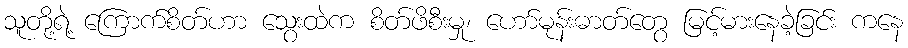
သူတို့ရဲ့ ကြောက်စိတ်ဟာ သွေးထဲက စိတ်ဖိစီးမှု၊ ဟော်မုန်းဓာတ်တွေ မြင့်မားနေခဲ့ခြင်း ကနေ